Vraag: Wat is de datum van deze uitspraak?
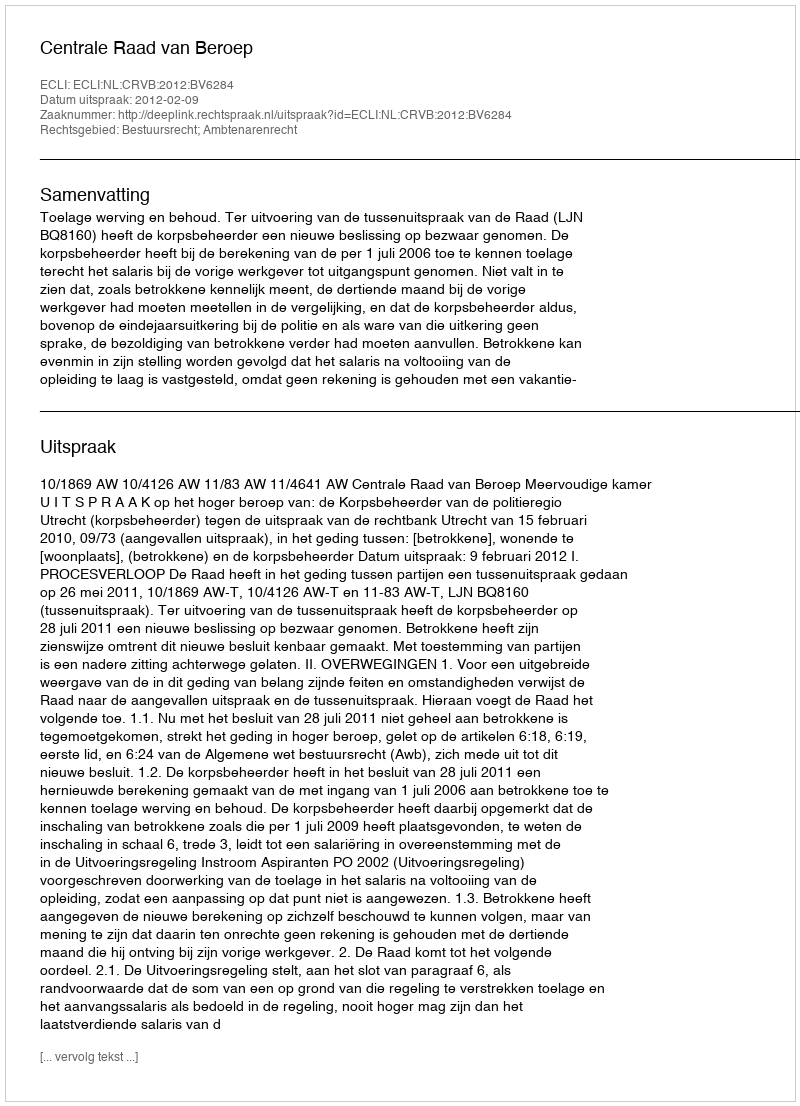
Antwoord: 2012-02-09